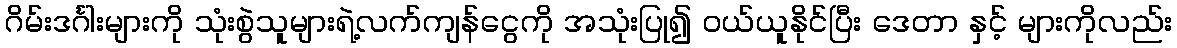
ဂိမ်းဒင်္ဂါးများကို သုံးစွဲသူများရဲ့လက်ကျန်ငွေကို အသုံးပြု၍ ဝယ်ယူနိုင်ပြီး ဒေတာ နှင့် များကိုလည်း